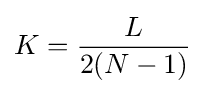
K={L \over {2(N-1)}}